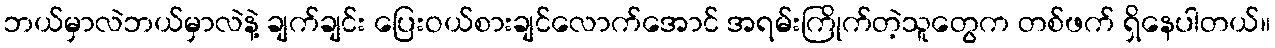
ဘယ်မှာလဲဘယ်မှာလဲနဲ့ ချက်ချင်း ပြေးဝယ်စားချင်လောက်အောင် အရမ်းကြိုက်တဲ့သူတွေက တစ်ဖက် ရှိနေပါတယ်။